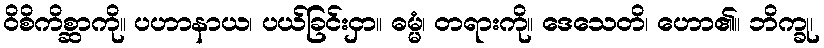
ဝိစိကိစ္ဆာကို။ ပဟာနာယ၊ ပယ်ခြင်းငှာ။ ဓမ္မံ၊ တရားကို။ ဒေသေတိ၊ ဟော၏။ ဘိက္ခု၊